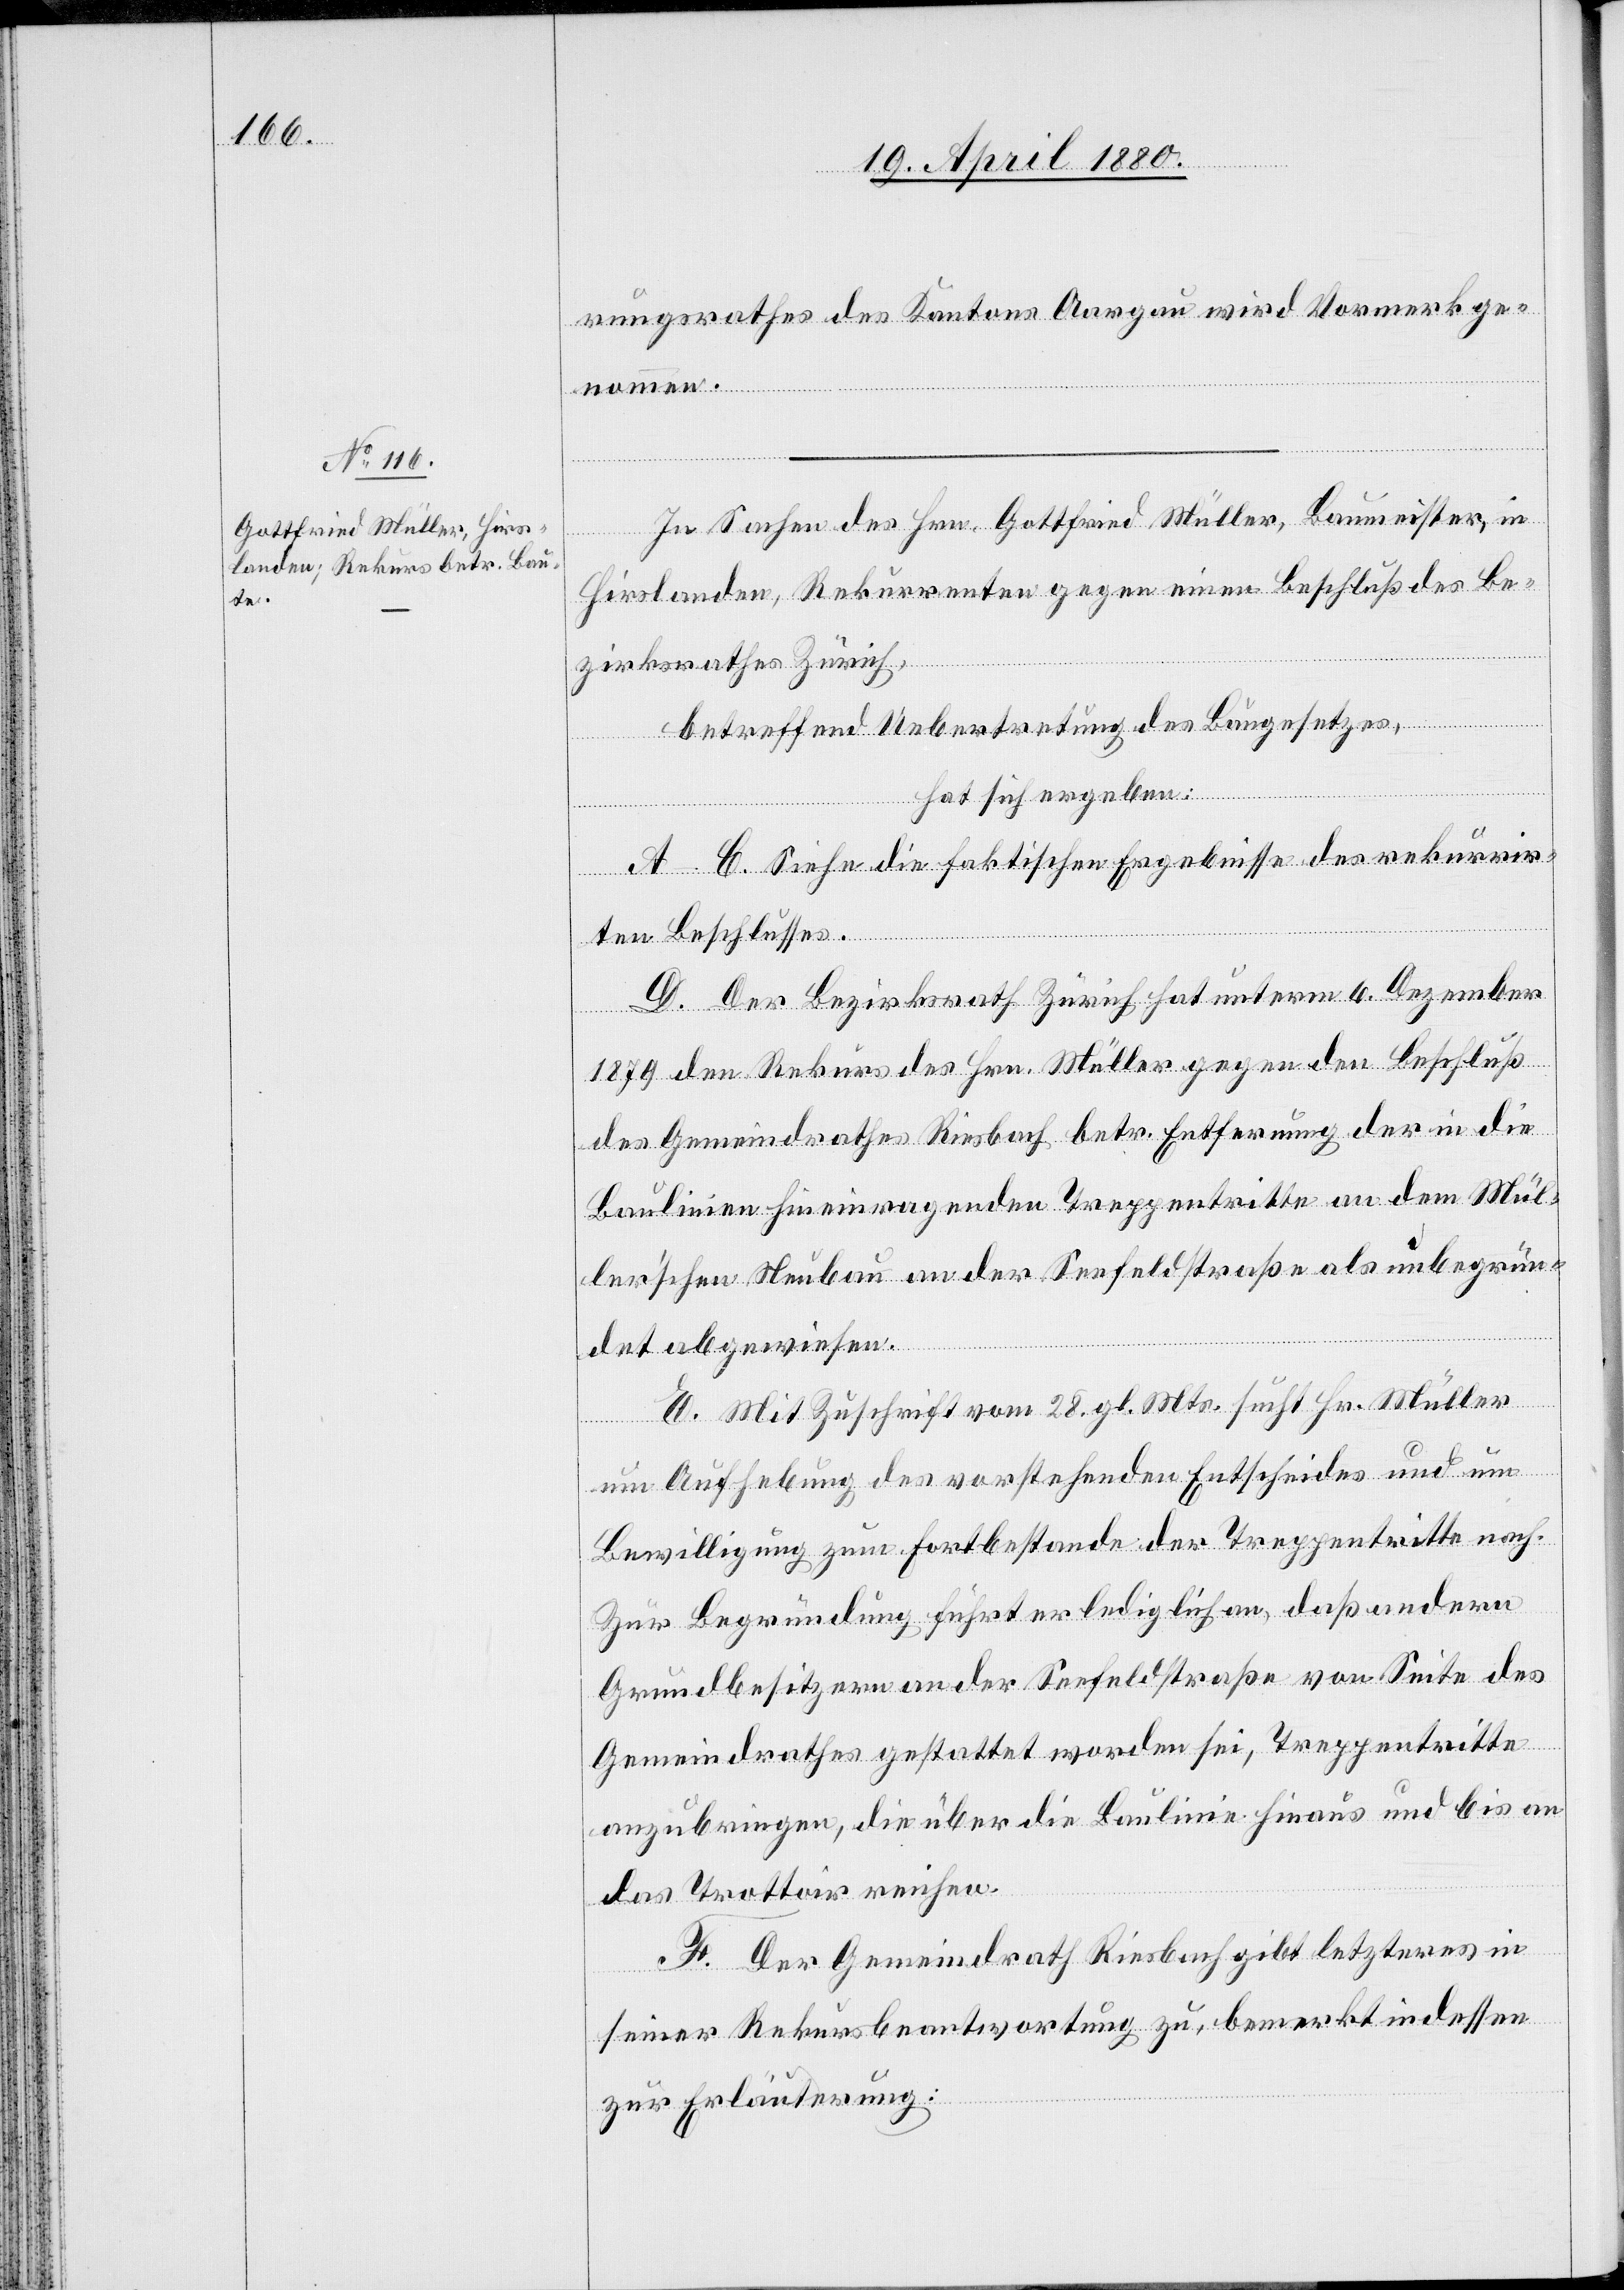
rungsrathes des Kantons Aargau wird Vormerk ge¬
nommen.
In Sachen des Hrn. Gottfried Müller, Baumeister, in
Hirslanden, Rekurrenten gegen einen Beschluß des Be¬
zirksrathes Zürich,
betreffend Uebertretung des Baugesetzes,
hat sich ergeben:
A–C. Siehe die faktischen Ergebnisse des rekurrir¬
ten Beschlusses.
D. Der Bezirksrath Zürich hat unterm 6. Dezember
1879 den Rekurs des Hrn. Müller gegen den Beschluß
des Gemeindrathes Riesbach betr. Entfernung der in die
Baulinien hineinragenden Treppentritte an dem Mül¬
ler’schen Neubau an der Seefeldstraße als unbegrün¬
det abgewiesen.
E. Mit Zuschrift vom 28. gl. Mts. sucht Hr. Müller
um Aufhebung des vorstehenden Entscheides und um
Bewilligung zum Fortbestande der Treppentritte nach.
Zur Begründung führt er lediglich an, das andern
Grundbesitzern an der Seefeldstraße von Seite des
Gemeindrathes gestattet worden sei, Treppentritte
anzubringen, die über die Baulinie hinaus und bis an
das Trottoir reichen.
F. Der Gemeindrath Riesbach gibt letzteres in
seiner Rekursbeantwortung zu, bemerkt indessen
zur Erläuterung: